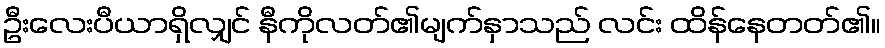
ဦးလေးပီယာရှိလျှင် နီကိုလတ်၏မျက်နှာသည် လင်း ထိန်နေတတ်၏။